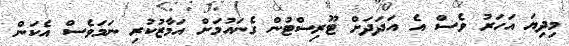
މިދިޔަ އަހަރު ވެސް އެ އަދަދަށް ޓޫރިސްޓުން ގެނައުމަށް އަމާޒުކުރި ނަމަވެސް އެކަން